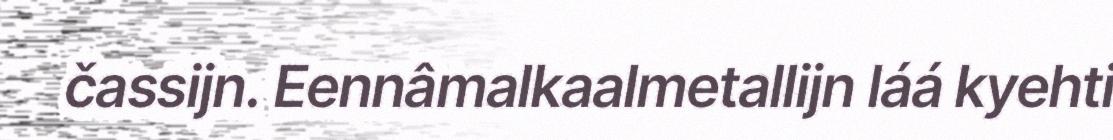
čassijn. Eennâmalkaalmetallijn láá kyehti